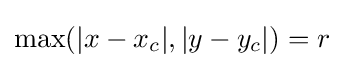
\max(|x-x_{c}|,|y-y_{c}|)=r